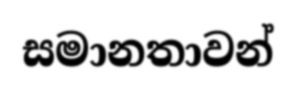
සමානතාවන්